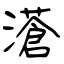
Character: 濸